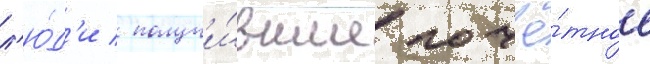
л'ю́д'и / получи́вшие почё́тное